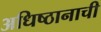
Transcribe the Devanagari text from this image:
अधिष्ठानाची